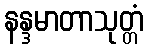
နန္ဒမာတာသုတ္တံ